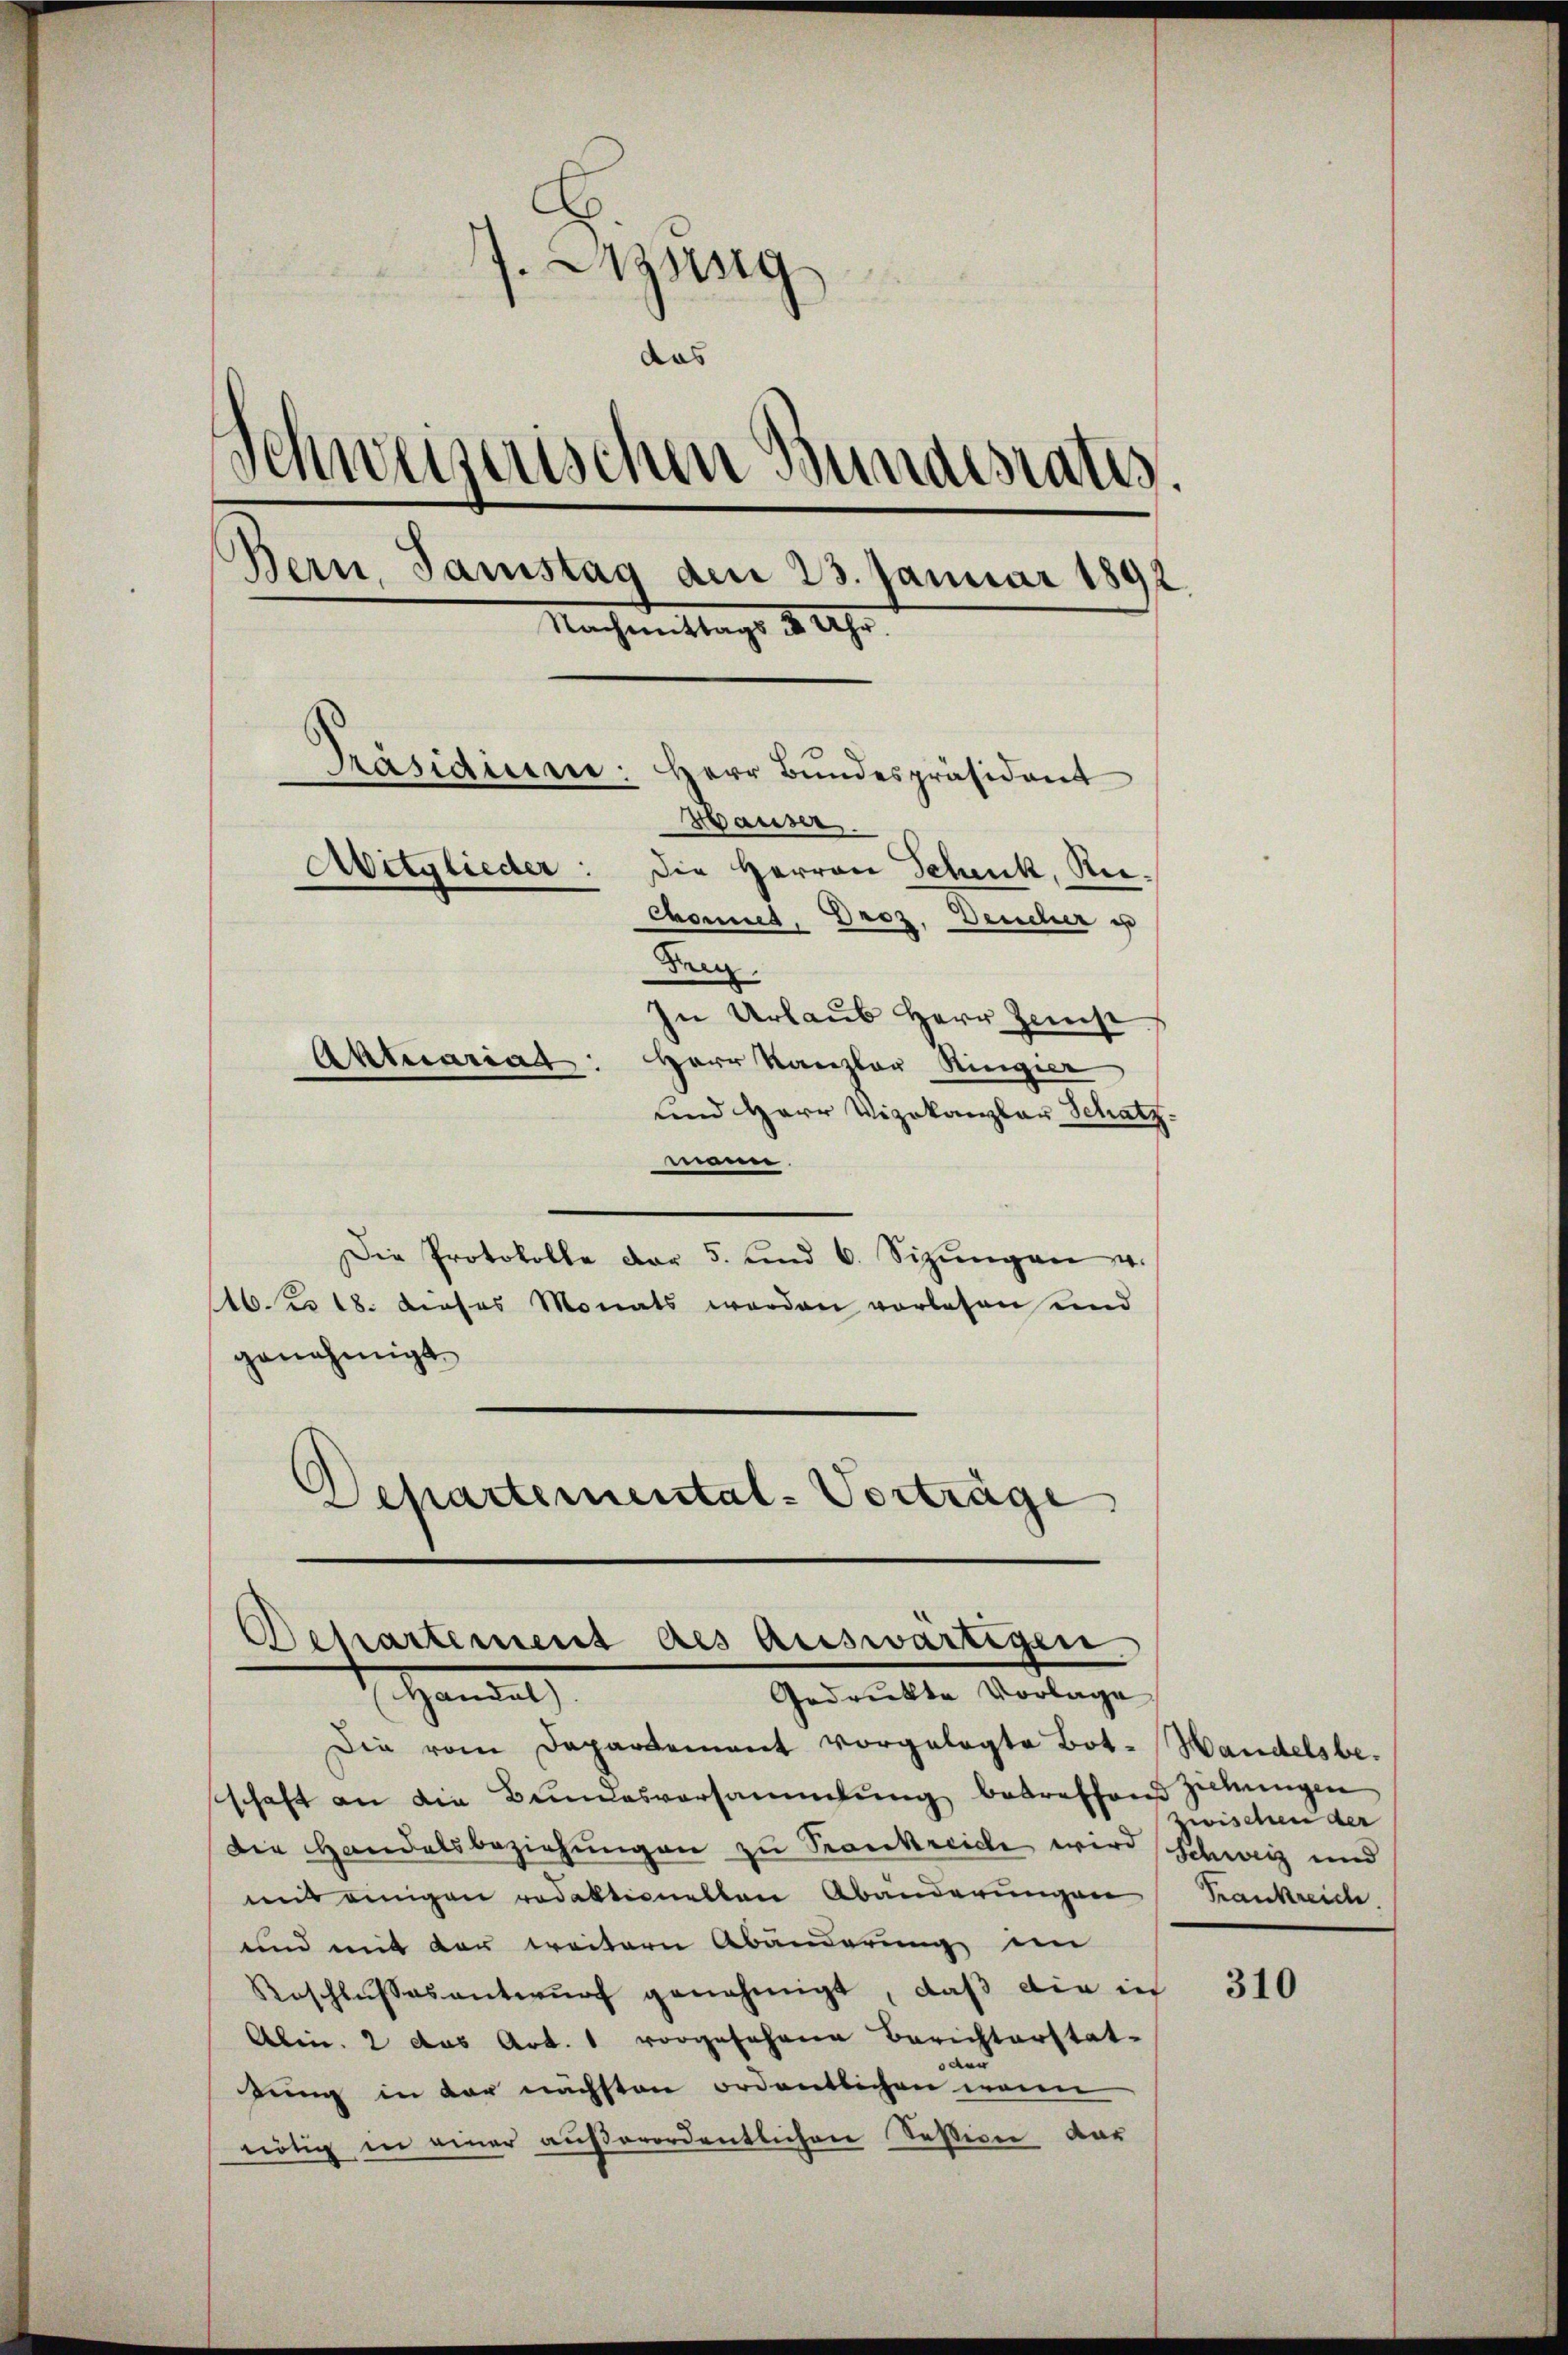
J. Sitzung
das
d
Schweiserischen Bundesrates.
Bern, Samstag den 23. Januar 1892.
Nachmittags 8 Uhr
Präsidium.
Herr Bundespräsident
Hauser.
Avitglieder: die Herren Schenk, Rei-
Chonnes, Droz, Deucher u
Frey.
In Urlaub Herr Zinse
Aktuariat
Herr Kanzler Ringier
und Herr Vizekanzlar Schatz.

mann.
Die Protokolle dar 5. und 6. Sizŭngen u.
16. u 18. dieses Monats werden vorlesen und
genehmigt
Departemental-Verträge

Repartement des auswärtigen
Handel
Gedruckte Vorlage
Die vom Departement vorgelegte Bot-Handelsbe-

schaft an die Bundesversammlung betreffend Ziehungen
Die Handelsbeziehŭngen zu Frankreiche wird Schweiz und
mit einigen redaktionetten Abänderungen Frankreich.
und mit der weitern Abänderung im
Reschlussesentwurf genehmigt, daß die in
Abin. 2 das Art. 1 vorgesehene Berichterstat-
and
gung in der nächsten ordentlichen wenn
nötig in einer außerordentlichen Session dar

zwischen der

310